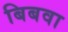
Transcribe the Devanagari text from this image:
बिबवा